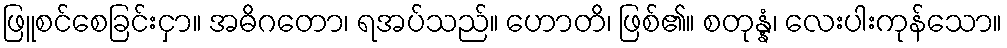
ဖြူစင်စေခြင်းငှာ။ အဓိဂတော၊ ရအပ်သည်။ ဟောတိ၊ ဖြစ်၏။ စတုန္နံ၊ လေးပါးကုန်သော။